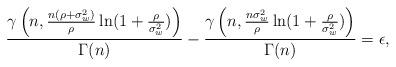
LaTeX: \begin{align*}\frac{\gamma\left(n,\frac{n(\rho+\sigma_w^2)}{\rho}\ln(1+\frac{\rho}{\sigma_w^2})\right)}{\Gamma(n)}-\frac{\gamma\left(n,\frac{n\sigma_w^2}{\rho}\ln(1+\frac{\rho}{\sigma_w^2})\right)}{\Gamma(n)}=\epsilon,\end{align*}